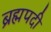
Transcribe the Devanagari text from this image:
ब्रह्मपदी